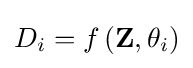
D_{i}=f\left(\mathbf {Z} ,\theta _{i}\right)